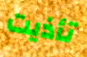
تأذيت